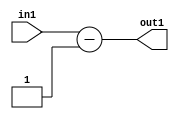
`timescale 1ps / 1ps
/*****************************************************************************
    Verilog RTL Description
    
    
    Created by: Stratus DpOpt 2019.1.01 
*******************************************************************************/

module pw_weight_addr_gen_Subi1u11_4 (
	in1,
	out1
	); /* architecture "behavioural" */ 
input [10:0] in1;
output [11:0] out1;
wire [11:0] asc001;

assign asc001 = 
	+(in1)
	-(12'B000000000001);

assign out1 = asc001;
endmodule

/* CADENCE  urj1Tgs= : u9/ySgnWtBlWxVPRXgAZ4Og= ** DO NOT EDIT THIS LINE ******/